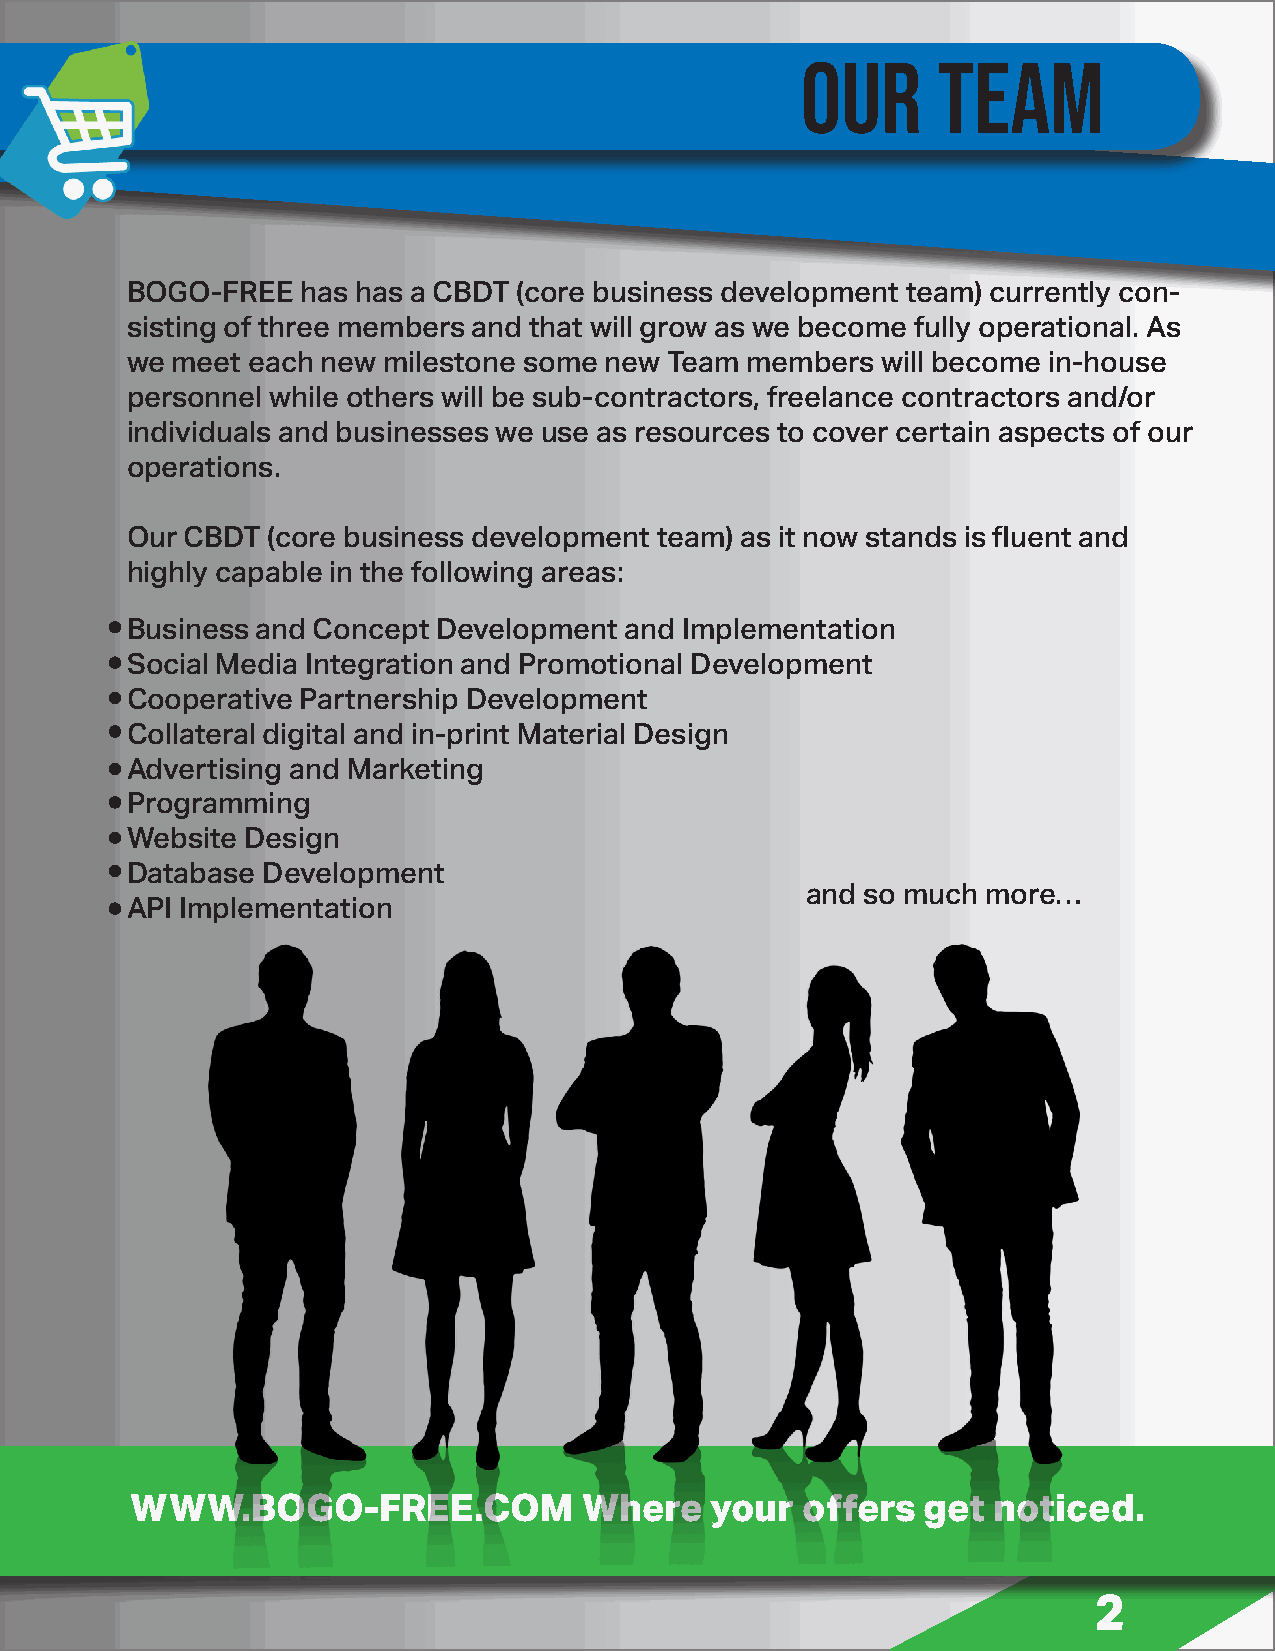
OUR      TEAM
 BOGO-FREE   has has a CBDT (core business development team) currently con-
 sisting of three members and that will grow as we become fully operational. As
 we meet each new milestone some new Team members  will become in-house
 personnel while others will be sub-contractors, freelance contractors and/or
 individuals and businesses we use as resources to cover certain aspects of our
 operations.
 Our CBDT  (core business development team) as it now stands is fluent and
 highly capable in the following areas:
 Business and Concept Development and Implementation
 Social Media Integration and Promotional Development
 Cooperative Partnership Development
 Collateral digital and in-print Material Design
 Advertising and Marketing
 Programming
 Website Design
 Database Development
 and so much more…
 API Implementation
 WWW.BOGO-FREE.COM             Where   your  offers  get  noticed.
 2